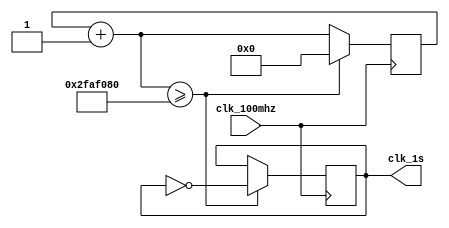
module clk_1s(
    clk_100mhz,
    clk_1s
);
    input wire clk_100mhz;
    output reg clk_1s;

    reg [27:0]counter;

    initial begin
        counter = 0;
        clk_1s = 0;
    end

    always @(posedge clk_100mhz) begin
        counter = counter + 1;
        if (counter >= 50000000) begin
            clk_1s = ~clk_1s;
            counter = 0;
        end
    end

endmodule